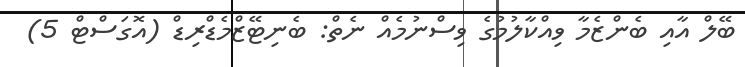
ބޭލް އާއި ބެންޒެމާ ވިއްކާލުމުގެ ވިސްނުމެއް ނެތް: ބެނިޓޭޒްމެޑްރިޑް (އޮގަސްޓް 5)